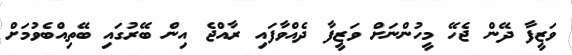
ވަޒީފާ ދޭން ޖެހޭ މީހުންނަށް ވަޒީފާ ދެއްވާފައި ރާއްޖެ އިން ބޭރުގައި ބޭތިއްބެވުމަށް